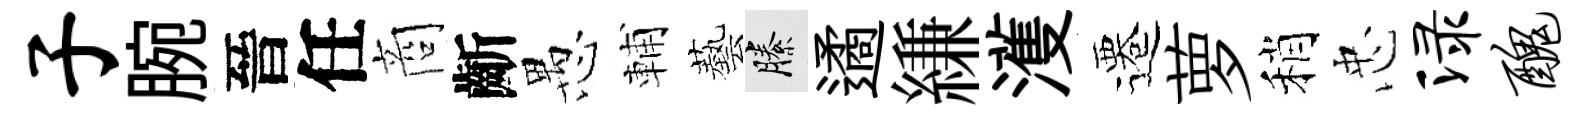
子腕晉任商齗愚輔藝縢遹縑濩遷萝稍忠渌丑